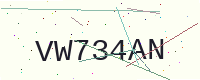
Text: VW734AN